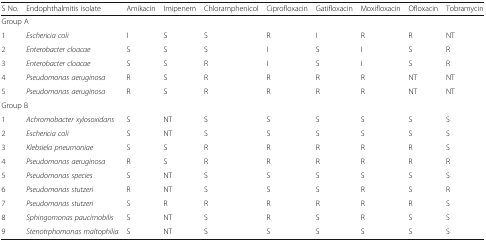
| S No. | Endophthalmitis isolate | Amikacin | Imipenem | Chloramphenicol | Ciprofloxacin | Gatifloxacin | Moxifloxacin | Ofloxacin | Tobramycin |
 | --- | --- | --- | --- | --- | --- | --- | --- | --- | --- |
 | <COLSPAN=10> Group A |
 | 1 | Eschericia coli | I | S | S | R | I | R | R | NT |
 | 2 | Enterobacter cloacae | S | S | S | I | S | I | S | R |
 | 3 | Enterobacter cloacae | S | S | R | I | S | I | S | R |
 | 4 | Pseudomonas aeruginosa | R | S | R | R | R | R | NT | NT |
 | 5 | Pseudomonas aeruginosa | R | S | R | R | R | R | NT | NT |
 | <COLSPAN=10> Group B |
 | 1 | Achromobacter xylosoxidans | S | NT | S | S | S | S | S | S |
 | 2 | Eschericia coli | S | NT | S | S | S | S | S | S |
 | 3 | Klebsiela pneumoniae | S | S | R | R | R | R | R | S |
 | 4 | Pseudomonas aeruginosa | R | S | R | R | R | R | R | R |
 | 5 | Pseudomonas species | S | NT | S | S | S | S | S | S |
 | 6 | Pseudomonas stutzeri | R | NT | S | S | S | R | S | R |
 | 7 | Pseudomonas stutzeri | S | R | R | R | R | R | R | S |
 | 8 | Sphingomonas paucimobilis | S | NT | S | R | S | R | S | S |
 | 9 | Stenotrphomonas maltophilia | S | NT | S | S | S | S | S | S |